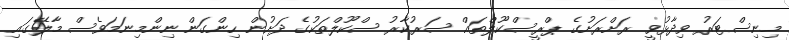
މިނިސްޓަރު ވިދާޅުވީ ރަށްރަށުގެ ޕްރީސްކޫލްތައް ސަރުކާރު ސްކޫލްތަކުގެ ދަށުން ހިންގަން ނިންމިނަމަވެސް މާލޭގައި